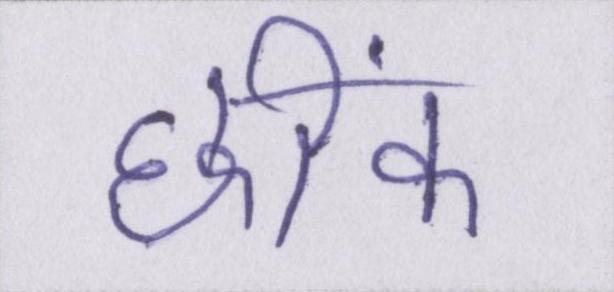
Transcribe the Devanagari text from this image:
छींक